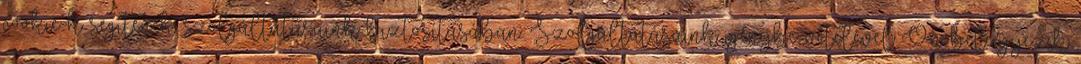
cookie-k segítenek szolgáltatásaink biztosításában. Szolgáltatásaink igénybe vételével Ön beleegyezik